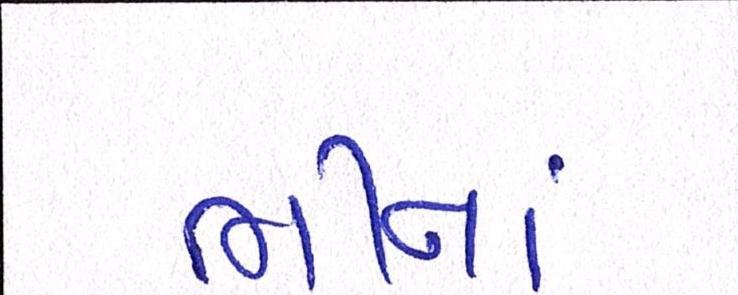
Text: ભીનાં